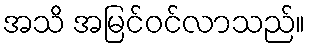
အသိ အမြင်ဝင်လာသည်။